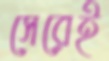
সেরেই